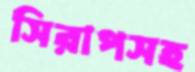
সিরাপসহ